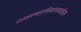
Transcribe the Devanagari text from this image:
शाळामहाविद्यालयांतील